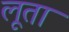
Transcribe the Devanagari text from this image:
लूता